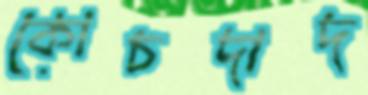
কোচদাদ